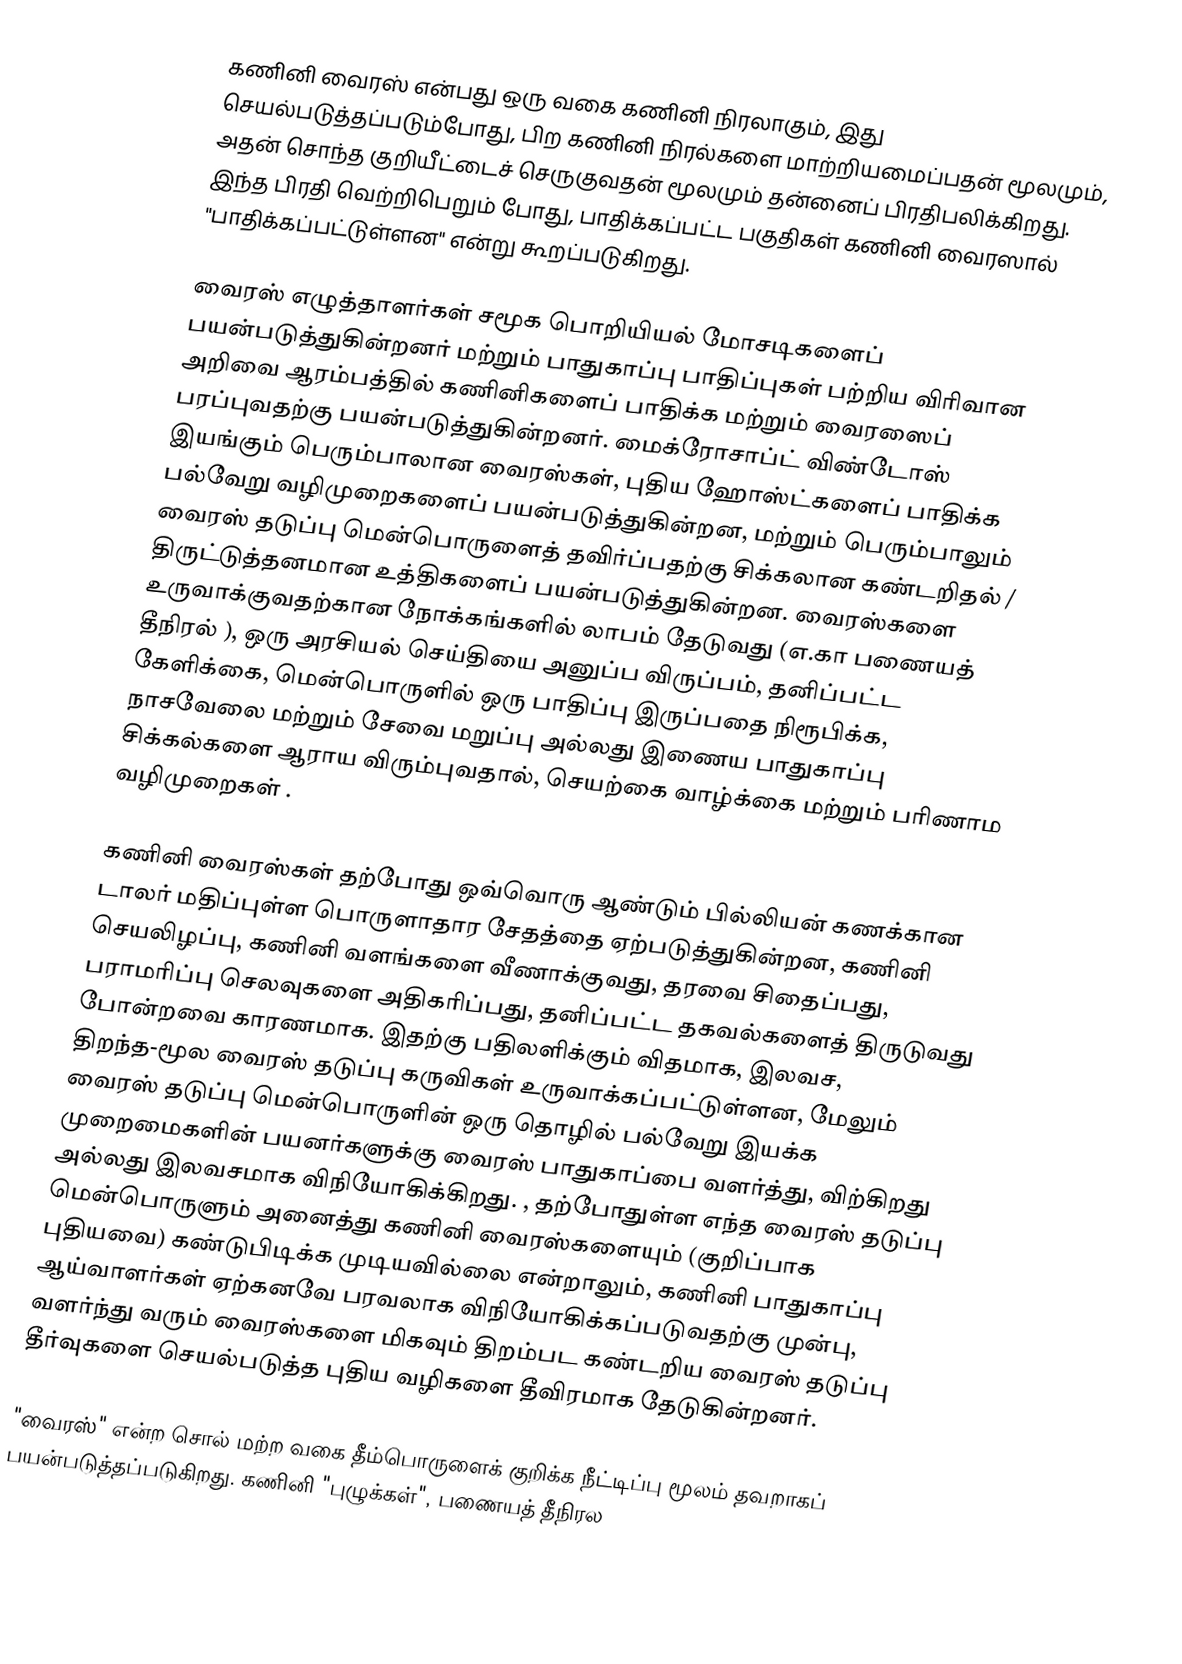
கணினி வைரஸ் என்பது ஒரு வகை கணினி நிரலாகும், இது செயல்படுத்தப்படும்போது, பிற கணினி நிரல்களை மாற்றியமைப்பதன் மூலமும், அதன் சொந்த குறியீட்டைச் செருகுவதன் மூலமும் தன்னைப் பிரதிபலிக்கிறது. இந்த பிரதி வெற்றிபெறும் போது, பாதிக்கப்பட்ட பகுதிகள் கணினி வைரஸால் "பாதிக்கப்பட்டுள்ளன" என்று கூறப்படுகிறது.

வைரஸ் எழுத்தாளர்கள் சமூக பொறியியல் மோசடிகளைப் பயன்படுத்துகின்றனர் மற்றும் பாதுகாப்பு பாதிப்புகள் பற்றிய விரிவான அறிவை ஆரம்பத்தில் கணினிகளைப் பாதிக்க மற்றும் வைரஸைப் பரப்புவதற்கு பயன்படுத்துகின்றனர். மைக்ரோசாப்ட் விண்டோஸ் இயங்கும் பெரும்பாலான வைரஸ்கள், புதிய ஹோஸ்ட்களைப் பாதிக்க பல்வேறு வழிமுறைகளைப் பயன்படுத்துகின்றன, மற்றும் பெரும்பாலும் வைரஸ் தடுப்பு மென்பொருளைத் தவிர்ப்பதற்கு சிக்கலான கண்டறிதல் / திருட்டுத்தனமான உத்திகளைப் பயன்படுத்துகின்றன. வைரஸ்களை உருவாக்குவதற்கான நோக்கங்களில் லாபம் தேடுவது (எ.கா பணையத் தீநிரல் ), ஒரு அரசியல் செய்தியை அனுப்ப விருப்பம், தனிப்பட்ட கேளிக்கை, மென்பொருளில் ஒரு பாதிப்பு இருப்பதை நிரூபிக்க, நாசவேலை மற்றும் சேவை மறுப்பு அல்லது இணைய பாதுகாப்பு சிக்கல்களை ஆராய விரும்புவதால், செயற்கை வாழ்க்கை மற்றும் பரிணாம வழிமுறைகள் .

கணினி வைரஸ்கள் தற்போது ஒவ்வொரு ஆண்டும் பில்லியன் கணக்கான டாலர் மதிப்புள்ள பொருளாதார சேதத்தை ஏற்படுத்துகின்றன, கணினி செயலிழப்பு, கணினி வளங்களை வீணாக்குவது, தரவை சிதைப்பது, பராமரிப்பு செலவுகளை அதிகரிப்பது, தனிப்பட்ட தகவல்களைத் திருடுவது போன்றவை காரணமாக. இதற்கு பதிலளிக்கும் விதமாக, இலவச, திறந்த-மூல வைரஸ் தடுப்பு கருவிகள் உருவாக்கப்பட்டுள்ளன, மேலும் வைரஸ் தடுப்பு மென்பொருளின் ஒரு தொழில் பல்வேறு இயக்க முறைமைகளின் பயனர்களுக்கு வைரஸ் பாதுகாப்பை வளர்த்து, விற்கிறது அல்லது இலவசமாக விநியோகிக்கிறது.    , தற்போதுள்ள எந்த வைரஸ் தடுப்பு மென்பொருளும் அனைத்து கணினி வைரஸ்களையும் (குறிப்பாக புதியவை) கண்டுபிடிக்க முடியவில்லை என்றாலும், கணினி பாதுகாப்பு ஆய்வாளர்கள் ஏற்கனவே பரவலாக விநியோகிக்கப்படுவதற்கு முன்பு, வளர்ந்து வரும் வைரஸ்களை மிகவும் திறம்பட கண்டறிய வைரஸ் தடுப்பு தீர்வுகளை செயல்படுத்த புதிய வழிகளை தீவிரமாக தேடுகின்றனர்.

"வைரஸ்" என்ற சொல் மற்ற வகை தீம்பொருளைக் குறிக்க நீட்டிப்பு மூலம் தவறாகப் பயன்படுத்தப்படுகிறது. கணினி "புழுக்கள்", பணையத் தீநிரல